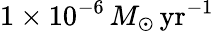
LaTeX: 1\times 10^{-6}\, M_{\odot}{\mathrm{\, yr}}^{-1}